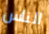
الناس